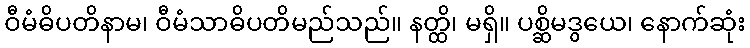
ဝီမံဓိပတိနာမ၊ ဝီမံသာဓိပတိမည်သည်။ နတ္ထိ၊ မရှိ။ ပစ္ဆိမဒွယေ၊ နောက်ဆုံး